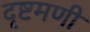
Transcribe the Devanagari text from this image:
दृष्टमणी